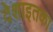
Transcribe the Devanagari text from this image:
देशाइतका